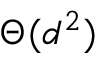
\Theta ( d ^ { 2 } )